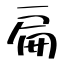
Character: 扁